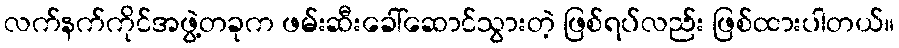
လက်နက်ကိုင်အဖွဲ့တခုက ဖမ်းဆီးခေါ်ဆောင်သွားတဲ့ ဖြစ်ရပ်လည်း ဖြစ်ထားပါတယ်။